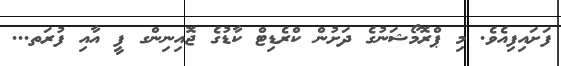
ފަށައިފިއެވެ. މި ޕްރޮމޯޝަނުގެ ދަށުން ކްރެޑިޓް ކާޑުގެ ޖޮއިނިންގ ފީ އާއި ފުރަތ...